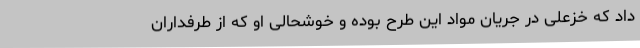
داد که خزعلی در جریان مواد این طرح بوده و خوشحالی او که از طرفداران